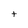
Character: t